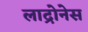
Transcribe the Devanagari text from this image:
लाद्रोनेस